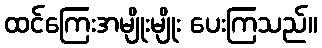
ထင်ကြေးအမျိုးမျိုး ပေးကြသည်။